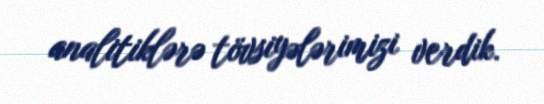
analitiklərə tövsiyələrimizi verdik.